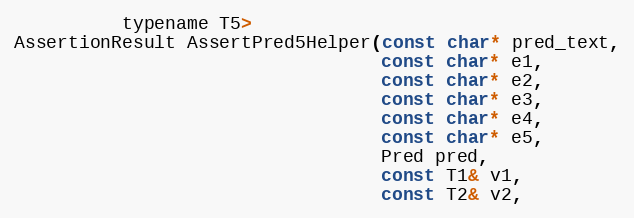
Language: C
          typename T5>
AssertionResult AssertPred5Helper(const char* pred_text,
                                  const char* e1,
                                  const char* e2,
                                  const char* e3,
                                  const char* e4,
                                  const char* e5,
                                  Pred pred,
                                  const T1& v1,
                                  const T2& v2,